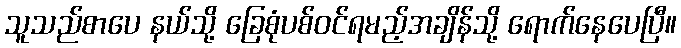
သူသည်စာပေ နယ်သို့ ခြေစုံပစ်ဝင်ရမည့်အချိန်သို့ ရောက်နေပေပြီ။